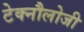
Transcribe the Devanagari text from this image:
टेक्नौलोजी